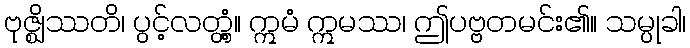
ဗုဇ္ဈိဿတိ၊ ပွင့်လတ္တံ့။ ဣမံ ဣမဿ၊ ဤပဗ္ဗတမင်း၏။ သမ္ပုခါ၊